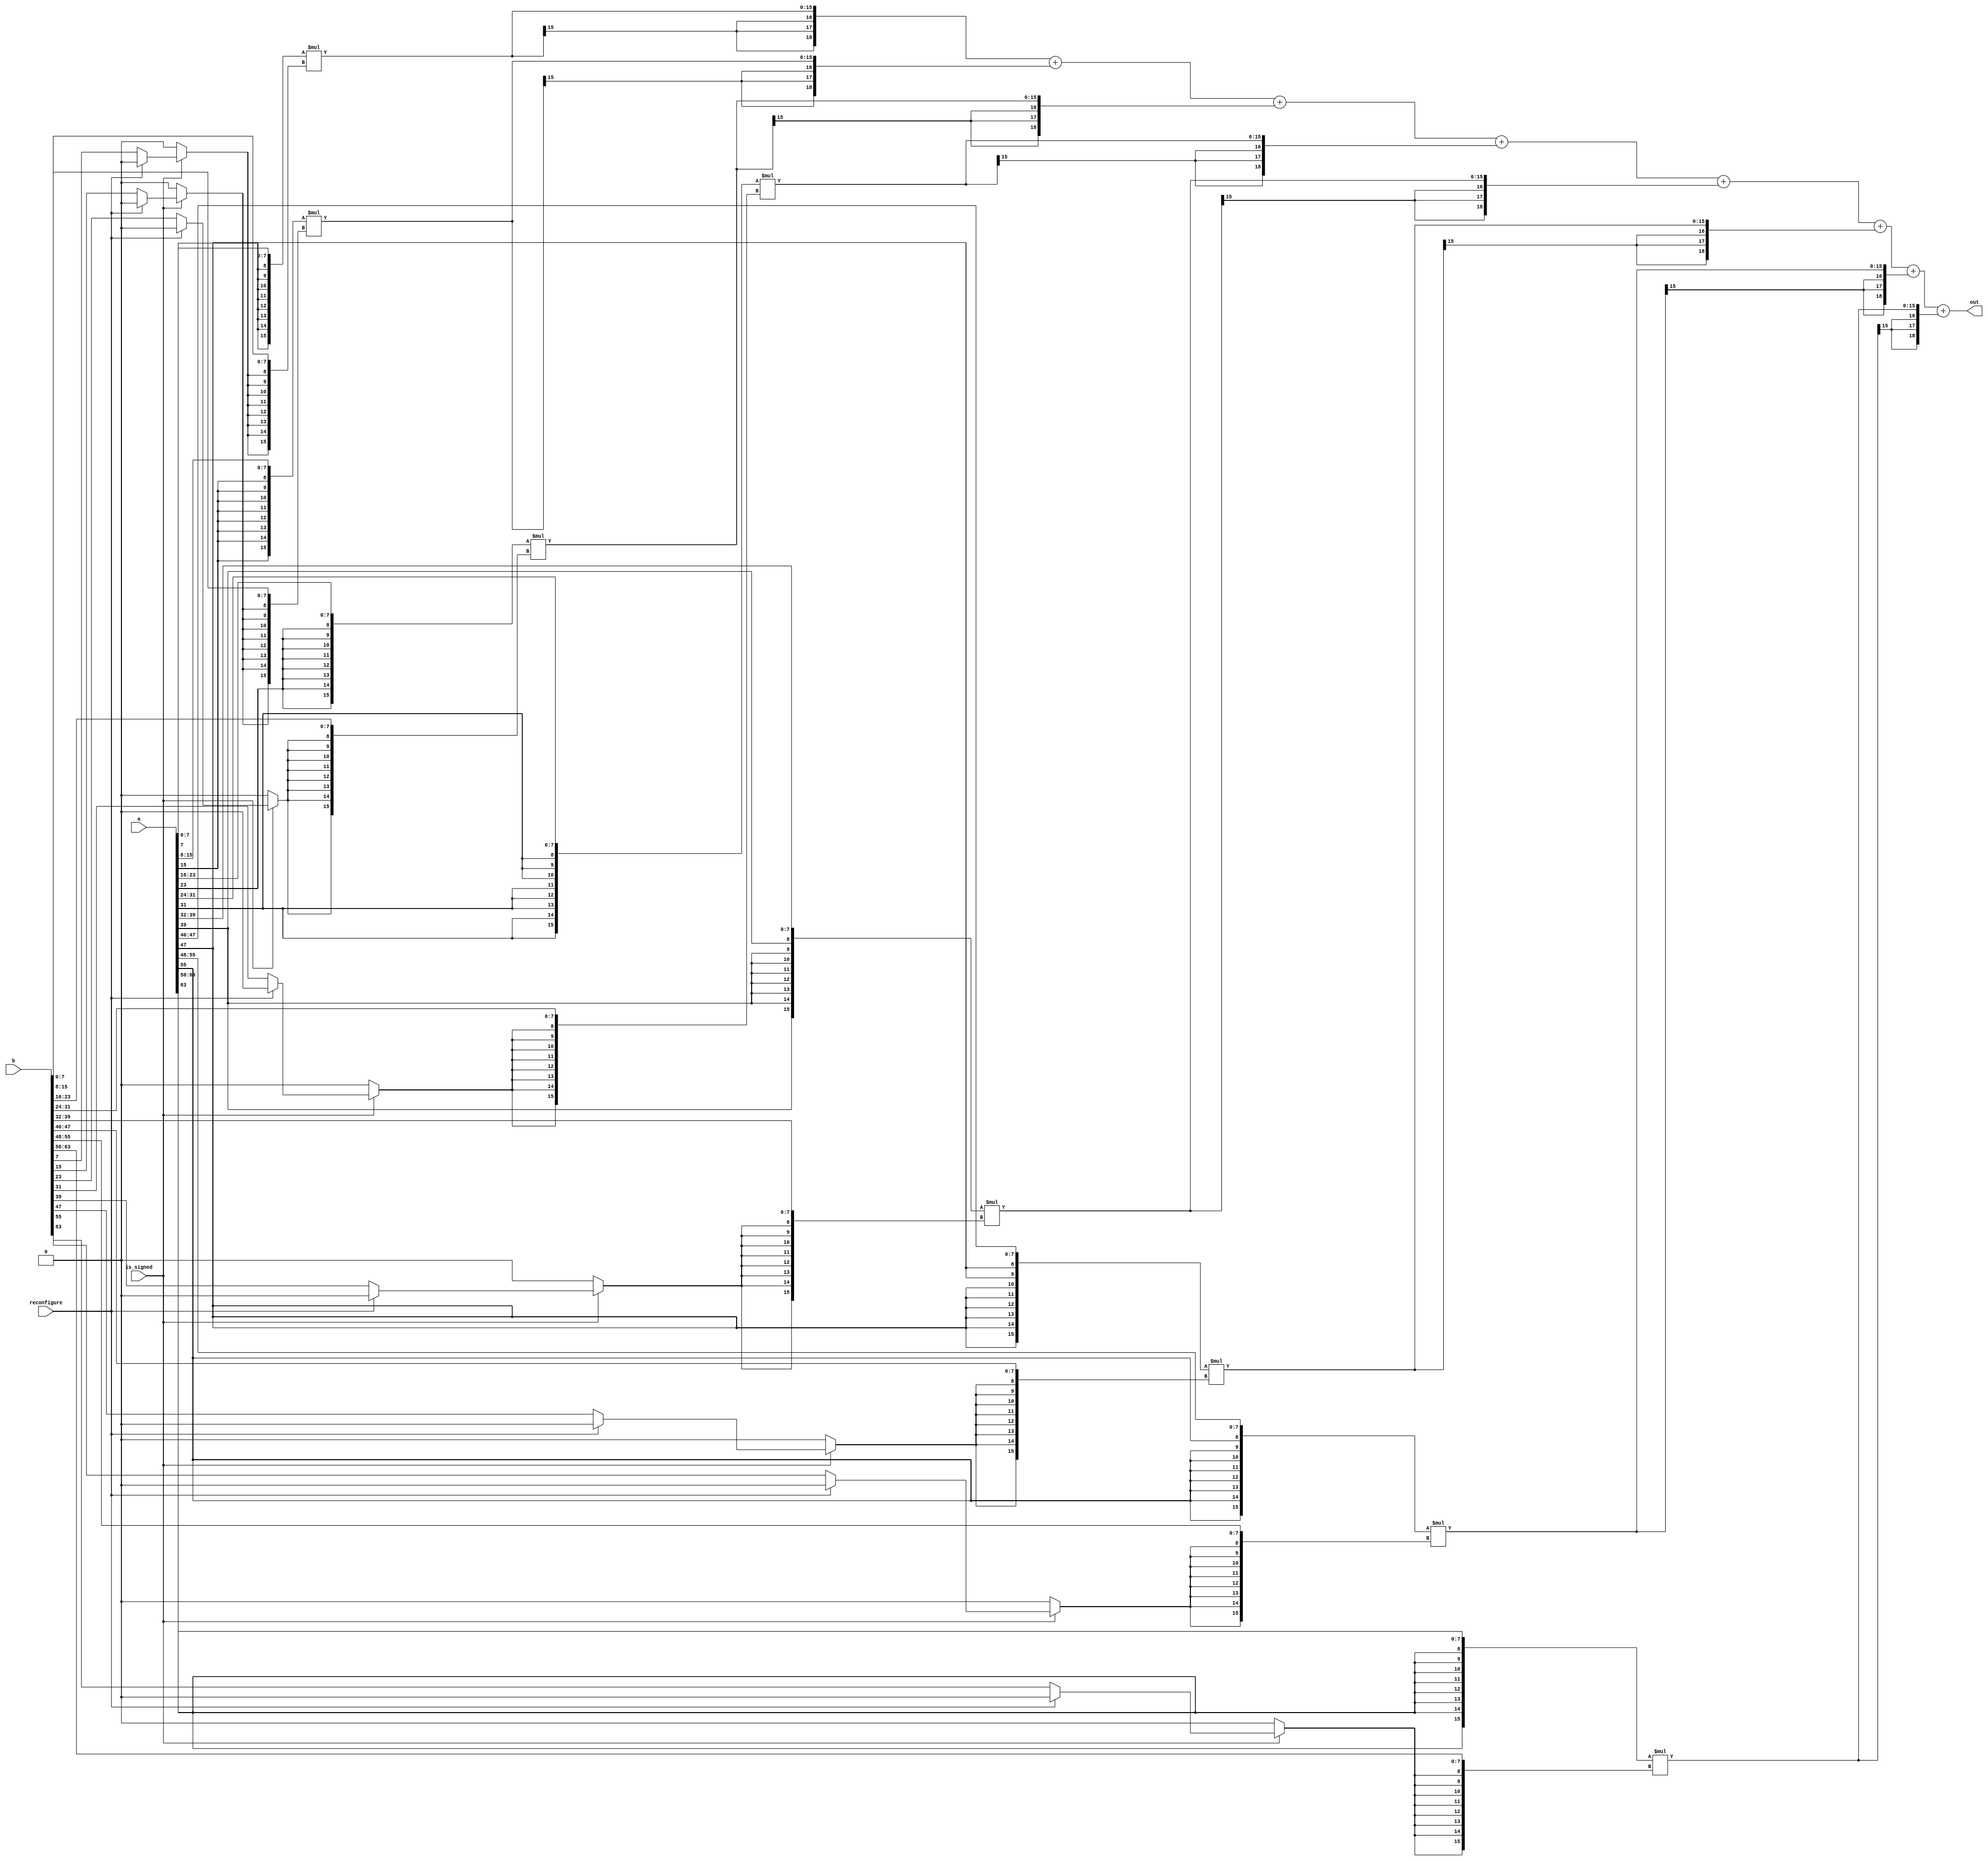
// Created by prof. Mingu Kang @VVIP Lab in UCSD ECE department
// Please do not spread this code without permission 
module mac_8in (out, a, b,reconfigure,is_signed);

parameter bw = 8;
parameter bw_psum = 2*bw+3;
parameter pr = 64; // parallel factor: number of inputs = 64

output [bw_psum-1:0] out;
input  [pr*bw-1:0] a;
input  [pr*bw-1:0] b;
input  reconfigure,is_signed;

wire		[2*bw-1:0]	product0	;
wire		[2*bw-1:0]	product1	;
wire		[2*bw-1:0]	product2	;
wire		[2*bw-1:0]	product3	;
wire		[2*bw-1:0]	product4	;
wire		[2*bw-1:0]	product5	;
wire		[2*bw-1:0]	product6	;
wire		[2*bw-1:0]	product7	;


genvar i;

wire [bw-1:0] a0;			wire [bw-1:0] b0;			wire b_ex0;
wire [bw-1:0] a1;			wire [bw-1:0] b1;       		wire b_ex1;
wire [bw-1:0] a2;			wire [bw-1:0] b2;       		wire b_ex2;
wire [bw-1:0] a3;			wire [bw-1:0] b3;       		wire b_ex3;
wire [bw-1:0] a4;			wire [bw-1:0] b4;       		wire b_ex4;
wire [bw-1:0] a5;			wire [bw-1:0] b5;       		wire b_ex5;
wire [bw-1:0] a6;			wire [bw-1:0] b6;       		wire b_ex6;
wire [bw-1:0] a7;			wire [bw-1:0] b7;       		wire b_ex7;

assign	a0 = a[bw*1-1:bw*0];		assign	b0 = b[bw*1-1:bw*0];		assign	b_ex0 =	is_signed? (reconfigure? 0:b[bw*1-1]):0;
assign	a1 = a[bw*2-1:bw*1];		assign	b1 = b[bw*2-1:bw*1];		assign  b_ex1 =	is_signed? (reconfigure? 0:b[bw*2-1]):0;
assign	a2 = a[bw*3-1:bw*2];		assign	b2 = b[bw*3-1:bw*2];		assign	b_ex2 = is_signed? (reconfigure? 0:b[bw*3-1]):0;
assign	a3 = a[bw*4-1:bw*3];		assign	b3 = b[bw*4-1:bw*3];		assign	b_ex3 = is_signed? (reconfigure? 0:b[bw*4-1]):0;
assign	a4 = a[bw*5-1:bw*4];		assign	b4 = b[bw*5-1:bw*4];		assign	b_ex4 = is_signed? (reconfigure? 0:b[bw*5-1]):0;
assign	a5 = a[bw*6-1:bw*5];		assign	b5 = b[bw*6-1:bw*5];		assign	b_ex5 = is_signed? (reconfigure? 0:b[bw*6-1]):0;
assign	a6 = a[bw*7-1:bw*6];		assign	b6 = b[bw*7-1:bw*6];		assign	b_ex6 = is_signed? (reconfigure? 0:b[bw*7-1]):0;
assign	a7 = a[bw*8-1:bw*7];		assign	b7 = b[bw*8-1:bw*7];		assign	b_ex7 = is_signed? (reconfigure? 0:b[bw*8-1]):0;

assign	product0={{(bw){a[bw*1-1]}},a0}	*	{{(bw){b_ex0}},b0};
assign	product1={{(bw){a[bw*2-1]}},a1}	*	{{(bw){b_ex1}},b1};
assign	product2={{(bw){a[bw*3-1]}},a2}	*	{{(bw){b_ex2}},b2};
assign	product3={{(bw){a[bw*4-1]}},a3}	*	{{(bw){b_ex3}},b3};
assign	product4={{(bw){a[bw*5-1]}},a4}	*	{{(bw){b_ex4}},b4};
assign	product5={{(bw){a[bw*6-1]}},a5}	*	{{(bw){b_ex5}},b5};
assign	product6={{(bw){a[bw*7-1]}},a6}	*	{{(bw){b_ex6}},b6};
assign	product7={{(bw){a[bw*8-1]}},a7}	*	{{(bw){b_ex7}},b7};



assign out = 
                {{(4){product0[2*bw-1]}},product0	}
	+	{{(4){product1[2*bw-1]}},product1	}
	+	{{(4){product2[2*bw-1]}},product2	}
	+	{{(4){product3[2*bw-1]}},product3	}
	+	{{(4){product4[2*bw-1]}},product4	}
	+	{{(4){product5[2*bw-1]}},product5	}
	+	{{(4){product6[2*bw-1]}},product6	}
	+	{{(4){product7[2*bw-1]}},product7	};



endmodule